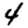
Digit: 4